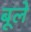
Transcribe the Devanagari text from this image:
बूले